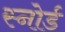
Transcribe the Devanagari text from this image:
स्नोर्ड